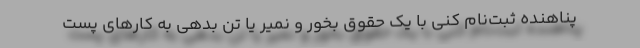
پناهنده ثبت‌نام کنی با یک حقوق بخور و نمیر یا تن بدهی به کارهای پست